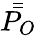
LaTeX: \bar{\bar{P_{O}}}